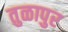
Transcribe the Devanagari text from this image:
तुळापुर